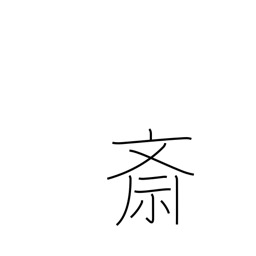
Meaning: Buddhist food